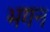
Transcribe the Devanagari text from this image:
भगन